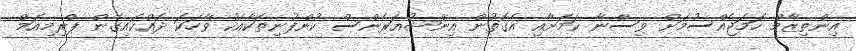
އިންތިޒާމް ހަމަޖެއްސުމަށް ވިސްނާ ކަމަށާއި އެގޮތުން އިންޝުއަރެންސް ކުންފުނިތަކާއެކު ވާހަކަ ދައްކައިގެން ޕްރިމިއަމް